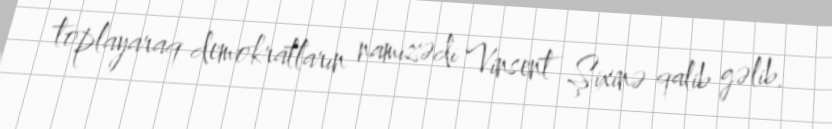
toplayaraq demokratların namizədi Vinsent Şixinə qalib gəlib.